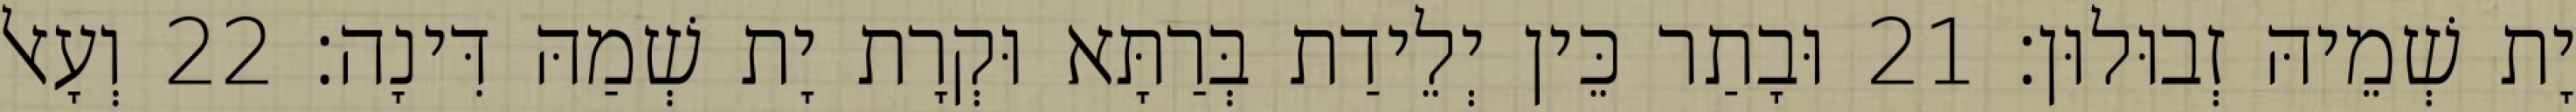
יָת שְׁמֵיהּ זְבוּלוּן׃ 21 וּבָתַר כֵּין יְלֵידַת בְּרַתָּא וּקְרָת יָת שְׁמַהּ דִּינָה׃ 22 וְעָאל